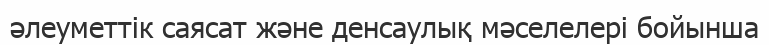
әлеуметтік саясат және денсаулық мәселелері бойынша